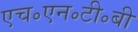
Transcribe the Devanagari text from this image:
एच॰एन॰टी॰बी